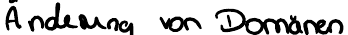
Änderung von Domänen